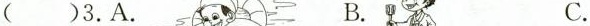
()3.A. B. C.